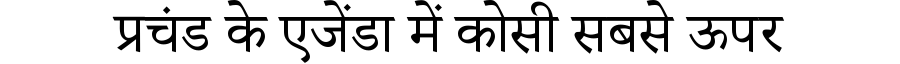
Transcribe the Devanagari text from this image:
प्रचंड के एजेंडा में कोसी सबसे ऊपर